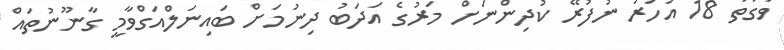
ވަގުތު 18 އަހަރު ނުފުރޭ ކުދިންނަށް މަރުގެ އަދަބު ދިނުމަށް ބައިނަލްއަގްވާމީ ގާނޫނުތައް